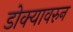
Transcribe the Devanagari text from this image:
डोक्यावरुन